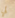
لي